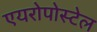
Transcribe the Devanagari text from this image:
एयरोपोस्टेल